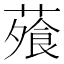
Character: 蕵